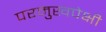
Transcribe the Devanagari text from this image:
परमुखपेक्षी